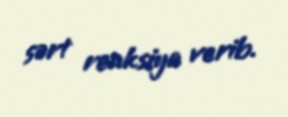
sərt reaksiya verib.